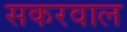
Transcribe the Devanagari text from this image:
सकरवाल